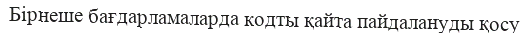
Бірнеше бағдарламаларда кодты қайта пайдалануды қосу